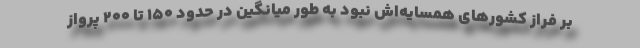
بر فراز کشورهای همسایه‌اش نبود به طور میانگین در حدود 150 تا 200 پرواز